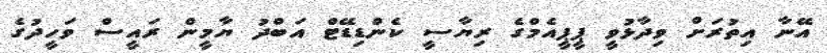
އޭނާ އިތުރަށް ވިދާޅުވީ ޕީޕީއެމްގެ ރިޔާސީ ކެންޑިޑޭޓް އަބްދު ޔާމީން ރައީސް ވަހީދުގެ